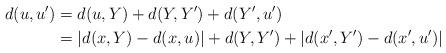
LaTeX: \begin{align*}d(u,u') &= d(u,Y)+d(Y,Y')+d(Y',u')\\&= |d(x,Y)-d(x,u)| + d(Y,Y') + |d(x',Y')-d(x',u')|\end{align*}